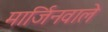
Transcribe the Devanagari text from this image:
मार्जिनवाले